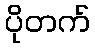
ပိုတက်